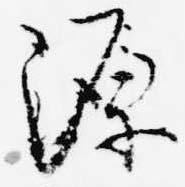
源